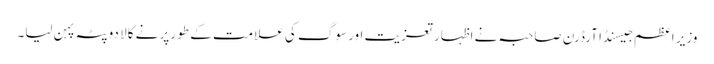
وزیر اعظم جیسنڈا آرڈرن صاحبہ نے اظہار تعزیت اور سوگ کی علامت کے طو رپر نے کالا دوپٹہ پہن لیا۔